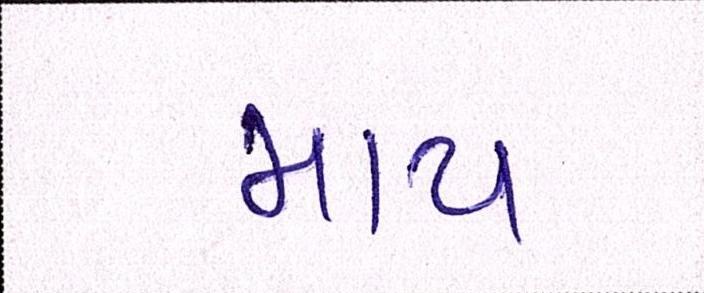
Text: માય